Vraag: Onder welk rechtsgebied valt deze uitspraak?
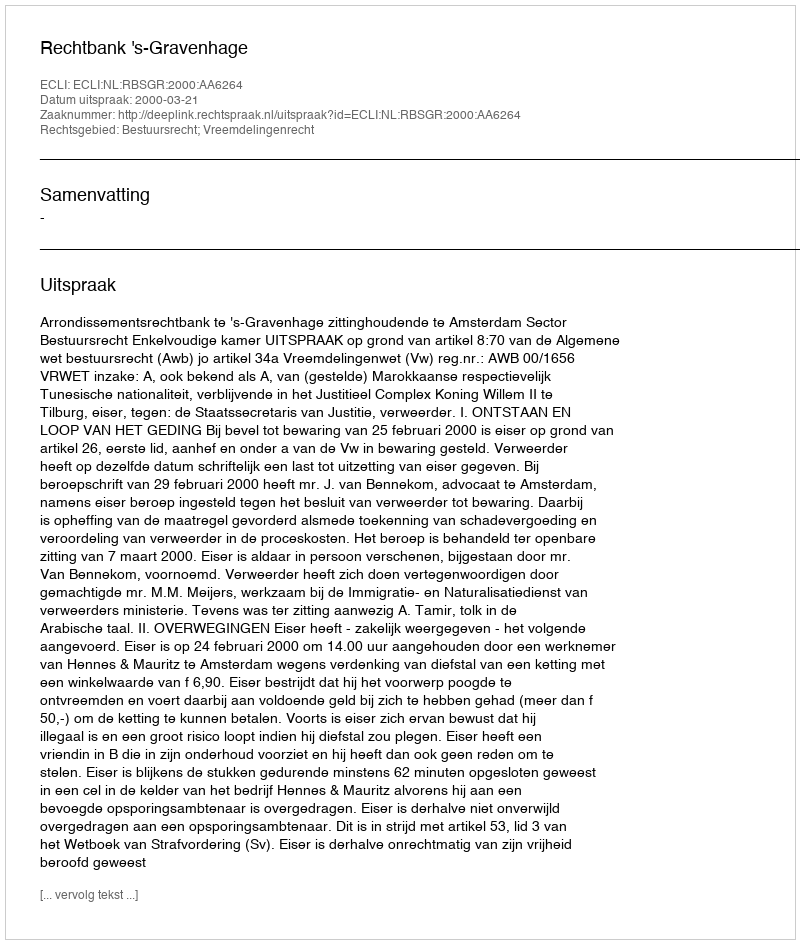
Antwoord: Bestuursrecht; Vreemdelingenrecht